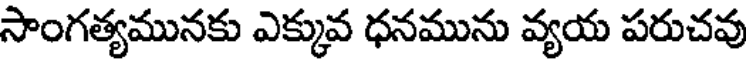
సాంగత్యమునకు ఎక్కువ ధనమును వ్యయ పరుచవు